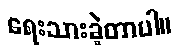
ရေးသားခဲ့တာပါ။